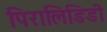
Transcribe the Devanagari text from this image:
पिरालिडिडी